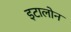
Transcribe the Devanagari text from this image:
इटालोन